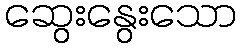
ဆွေးနွေးသော